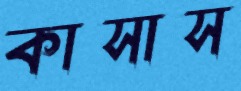
কাসাস